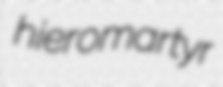
hieromartyr